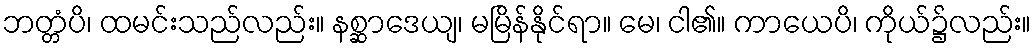
ဘတ္တံပိ၊ ထမင်းသည်လည်း။ နစ္ဆာဒေယျ၊ မမြိန်နိုင်ရာ။ မေ၊ ငါ၏။ ကာယေပိ၊ ကိုယ်၌လည်း။